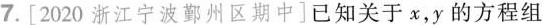
7.[2020浙江宁波鄞州区期中]已知关于x，y的方程组